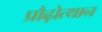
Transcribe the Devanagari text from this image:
प्रौढ़ोत्थान